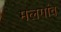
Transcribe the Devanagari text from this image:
मलगांव